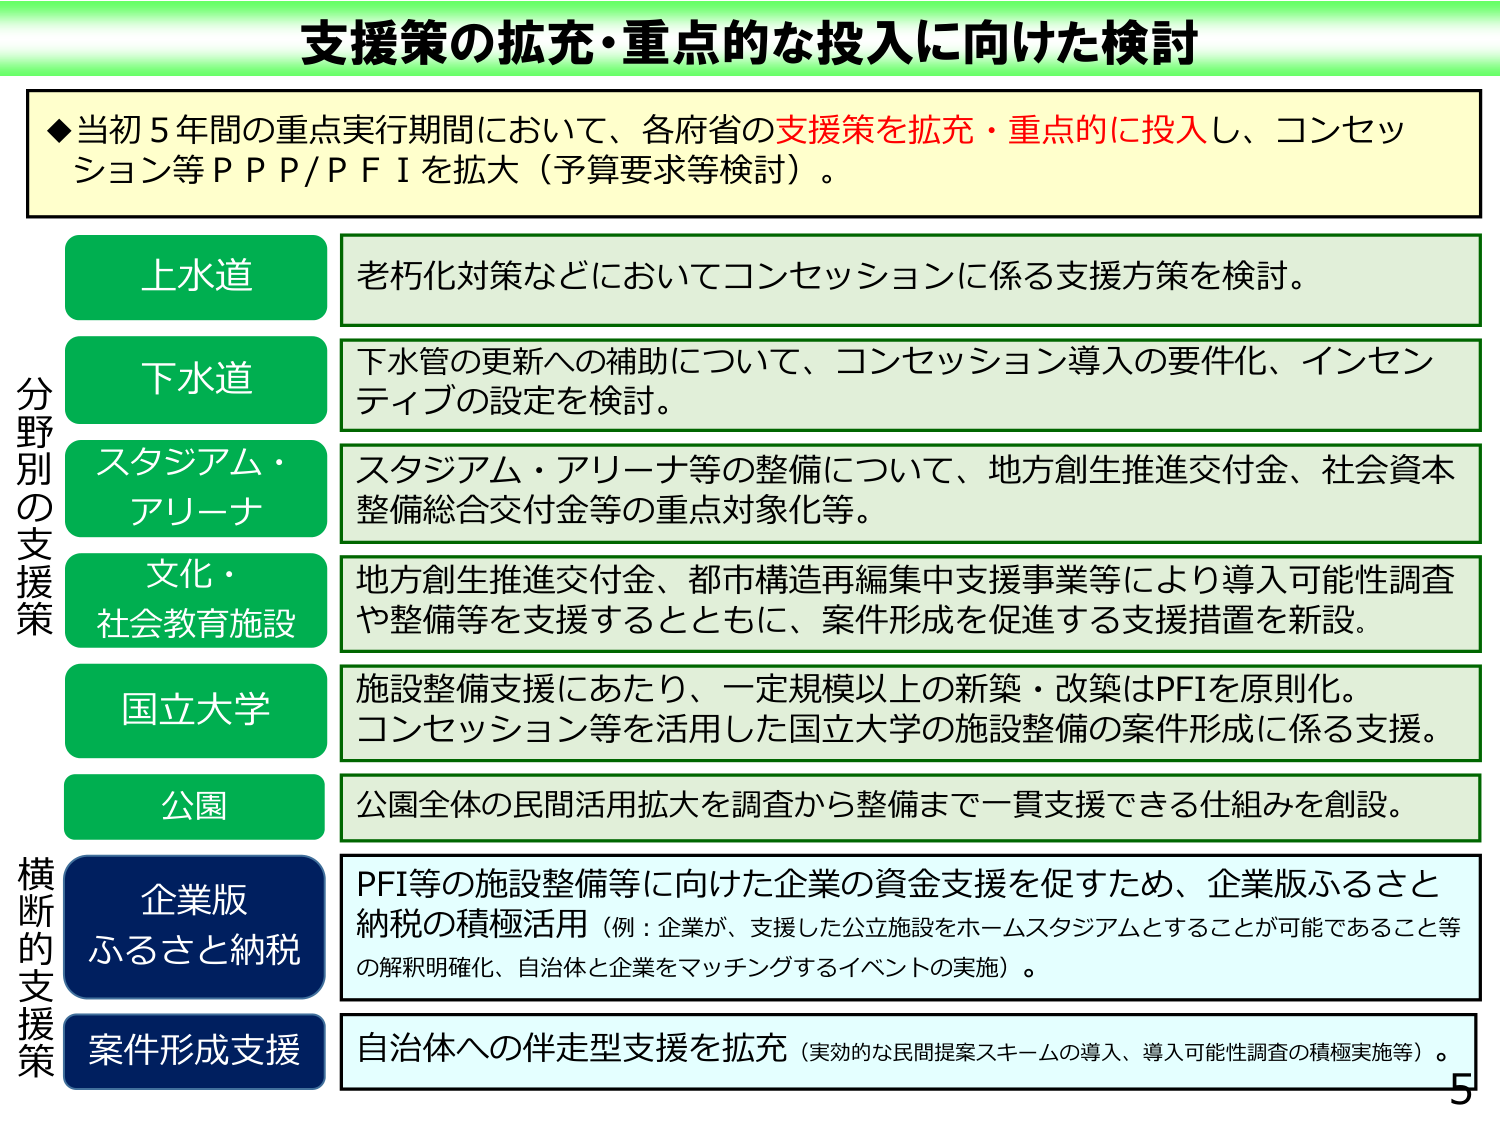
支援策の拡充・重点的な投入に向けた検討

◆当初5年間の重点実行期間において、各府省の支援策を拡充・重点的に投入し、コンセッション等ＰＰＰ/ＰＦＩを拡大（予算要求等検討）。

分野別の支援策
上水道　老朽化対策などにおいてコンセッションに係る支援方策を検討。
下水道　下水管の更新への補助について、コンセッション導入の要件化、インセンティブの設定を検討。
スタジアム・アリーナ　スタジアム・アリーナ等の整備について、地方創生推進交付金、社会資本整備総合交付金等の重点対象化等。
文化・社会教育施設　地方創生推進交付金、都市構造再編集中支援事業等により導入可能性調査や整備等を支援するとともに、案件形成を促進する支援措置を新設。
国立大学　施設整備支援にあたり、一定規模以上の新築・改築はPFIを原則化。コンセッション等を活用した国立大学の施設整備の案件形成に係る支援。
公園　公園全体の民間活用拡大を調査から整備まで一貫支援できる仕組みを創設。

横断的支援策
企業版ふるさと納税　PFI等の施設整備等に向けた企業の資金支援を促すため、企業版ふるさと納税の積極活用（例：企業が、支援した公立施設をホームスタジアムとすることができるなどとの解釈明確化、自治体と企業をマッチングするイベントの実施）。
案件形成支援　自治体への伴走型支援を拡充（実効的な民間提案スキームの導入、導入可能性調査の積極実施等）。

5